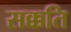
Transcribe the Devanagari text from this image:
सक्कति